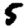
Digit: 5